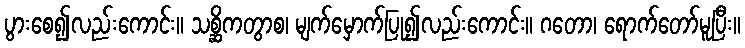
ပွားစေ၍လည်းကောင်း။ သစ္ဆိကတွာစ၊ မျက်မှောက်ပြု၍လည်းကောင်း။ ဂတော၊ ရောက်တော်မူပြီး။